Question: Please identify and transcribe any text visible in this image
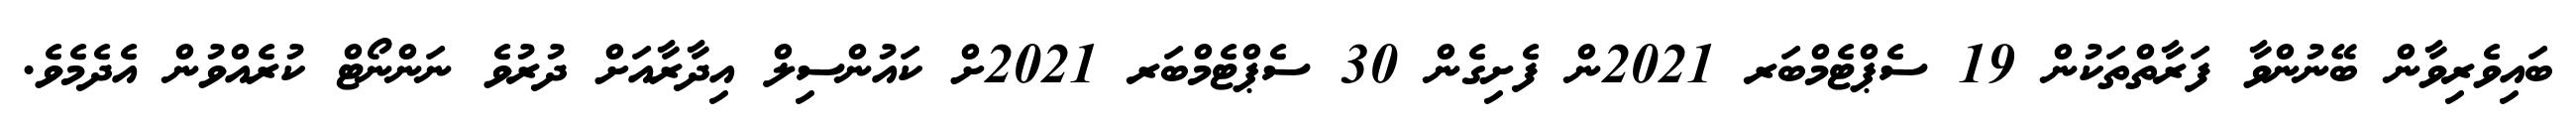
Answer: ބައިވެރިވާން ބޭނުންވާ ފަރާތްތަކުން 19 ސެޕްޓެމްބަރ 2021ން ފެށިގެން 30 ސެޕްޓެމްބަރ 2021ށް ކައުންސިލް އިދާރާއަށް ދުރުވެ ނަންނޯޓް ކުރެއްވުން އެދެމެވެ.